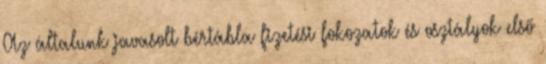
Az általunk javasolt bértábla fizetési fokozatok és osztályok első